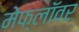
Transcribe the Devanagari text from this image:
मेफ्लॉवर